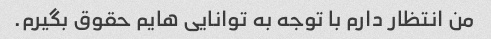
من انتظار دارم با توجه به توانایی هایم حقوق بگیرم.